system: You are a helpful assistant.
user:
Analyze the provided spectrum to determine if it is a **M-type Giant (gM)**.

A M-type Giant spectrum is defined by its **strong molecular absorption** features, particularly from **Titanium Oxide (TiO)**. You must check for one of the following mutually exclusive signatures:

- **Key Visual Indicators (Absorption-Dominated Spectrum):**

    - **(Primary):** The spectrum is dominated by strong molecular absorption from **Titanium Oxide (TiO)**. This is the **defining feature** of its M-type temperature class.
        - **(Key Bandheads):** Look for sharp, "saw-tooth" absorption valleys. The strongest are located near **~7050 Å**, **~6160 Å**, and **~5170 Å**.
        - **(Line Profile):** The "saw-tooth" morphology is critical: a **sharp, steep drop on the BLUE (short-wavelength) side** of the bandhead, followed by a gradual recovery (rising flux) towards the RED (long-wavelength) side.

    - **(Key Confirmation - Giant vs. Dwarf):** **ABSENCE** of strong **Calcium Hydride (CaH)** molecular bands. This is the primary diagnostic for *excluding* M-dwarfs.
        - **(Key Region):** The spectrum should lack the strong, broad absorption band seen in dwarfs between **~6800 Å and ~7000 Å**.

    - **(Secondary Confirmation - Giant):** A very strong and broad **Neutral Calcium (Ca I)** atomic absorption line.
        - **(Key Line):** Located at **~4226 Å**. In a giant (gM), this line is significantly deeper and broader than the same line in an M-dwarf (dM) due to low surface gravity.

    - **(Overall Spectrum):**
        - The continuum is **extremely red-sloping** (i.e., flux is very low in the blue and rises dramatically towards the red).
        - The entire spectrum appears "chopped up" by the deep TiO bands.

Think first, call **spectral_visualization_tool** if needed to examine features in detail, then provide your final answer. Your response must adhere to the following strict rules:
1.  **Overall Structure:** Your response must follow the format `<think>...</think> <tool_call>...</tool_call> (if a tool is used) <answer>...</answer>`.
2.  **Tool Usage Constraint:** You may only make **one** tool call per turn.
3.  **Final Answer Format:** In the `<answer>` tag, your conclusion must be inside a `\boxed{}` command (e.g., `\boxed{YES}` or `\boxed{NO}`), followed by your justification.

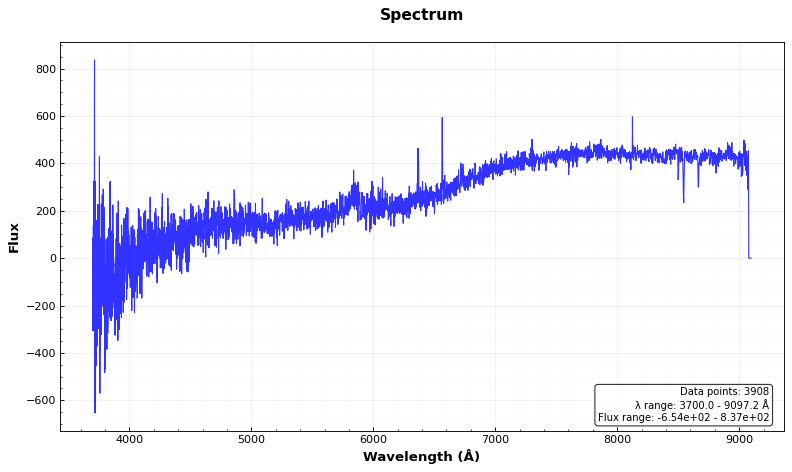
Answer: NO